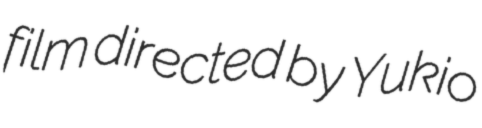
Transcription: film directed by Yukio